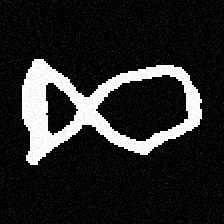
Pyu character \u2014 Myanmar letter: ဆ (romanized: cha)